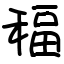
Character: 稫